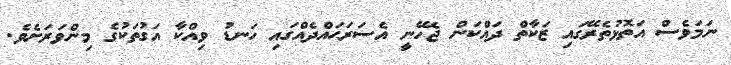
ނަމަވެސް އަތޮޅުތެރޭގައި ޒަކާތް ދައްކަން ޖެހޭނީ އެސަރަޙައްދެއްގައި ހަނޑު ވިއްކާ އަގުތަކުގެ މިންވަރަށެވެ.